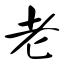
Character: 老